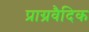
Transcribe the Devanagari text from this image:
प्राग्रवैदिक